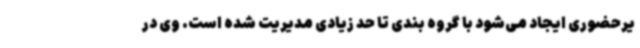
یرحضوری ایجاد می‌شود با گروه بندی تا حد زیادی مدیریت شده است. وی در